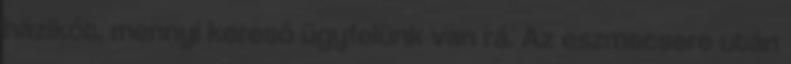
házikót, mennyi kereső ügyfelünk van rá. Az eszmecsere után